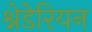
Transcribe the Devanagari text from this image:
श्नेडेरियन